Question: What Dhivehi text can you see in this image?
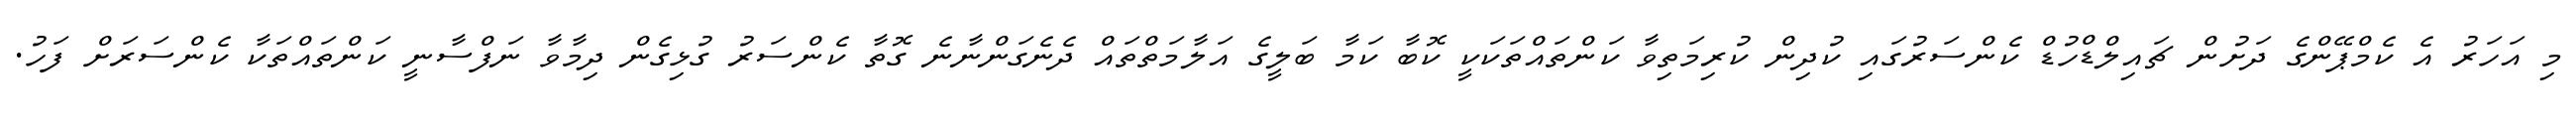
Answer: މި އަހަރު އެ ކެމްޕޭންގެ ދަށުން ޗައިލްޑްހުޑް ކެންސަރުގައި ކުދިން ކުރިމަތިވާ ކަންތައްތަކަކީ ކޮބާ ކަމާ ބަލީގެ އަލާމަތްތައް ދެނެގަންނާނެ ގޮތާ ކެންސަރު ގުޅިގެން ދިމާވާ ނަފްސާނީ ކަންތައްތަކާ ކެންސަރަށް ފަހު.